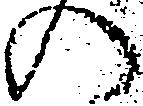
の